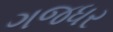
ગજધર